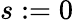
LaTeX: s:=0